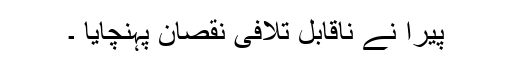
پیرا نے ناقابل تلافی نقصان پہنچایا ۔